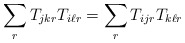
\begin{align*} \sum_{r}T_{jkr}T_{i\ell r} = \sum_{r}T_{ijr}T_{k\ell r}\end{align*}